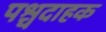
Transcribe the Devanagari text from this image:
पश्चदाहक